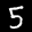
Label: 5